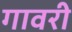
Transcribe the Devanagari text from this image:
गावरी